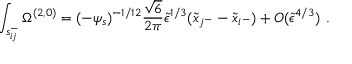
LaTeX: \int _ { s _ { i j } ^ { - } } \Omega ^ { ( 2 , 0 ) } = ( - \psi _ { s } ) ^ { - 1 / 1 2 } \frac { \sqrt { 6 } } { 2 \pi } \tilde { \epsilon } ^ { 1 / 3 } ( \tilde { x } _ { j ^ { - } } - \tilde { x } _ { i ^ { - } } ) + { \cal O } ( \tilde { \epsilon } ^ { 4 / 3 } ) \ .